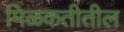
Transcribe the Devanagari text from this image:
मिळकतीतील